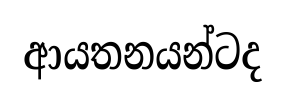
ආයතනයන්ටද